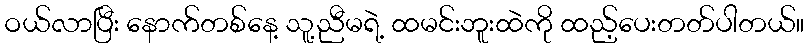
ဝယ်လာပြီး နောက်တစ်နေ့ သူ့ညီမရဲ့ ထမင်းဘူးထဲကို ထည့်ပေးတတ်ပါတယ်။